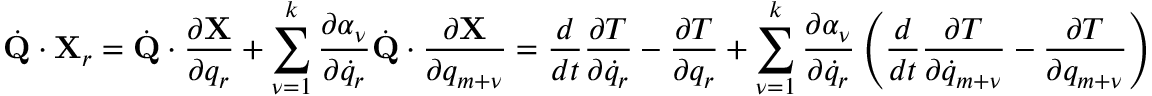
{ \dot { \bf Q } } \cdot { \bf X } _ { r } = { \dot { \bf Q } } \cdot \frac { \partial { \bf X } } { \partial q _ { r } } + \sum _ { \nu = 1 } ^ { k } \frac { \partial \alpha _ { \nu } } { \partial { \dot { q } } _ { r } } { \dot { \bf Q } } \cdot \frac { \partial { \bf X } } { \partial q _ { m + \nu } } = \frac { d } { d t } \frac { \partial T } { \partial { \dot { q } } _ { r } } - \frac { \partial T } { \partial q _ { r } } + \sum _ { \nu = 1 } ^ { k } \frac { \partial \alpha _ { \nu } } { \partial { \dot { q } } _ { r } } \left( \frac { d } { d t } \frac { \partial T } { \partial { \dot { q } } _ { m + \nu } } - \frac { \partial T } { \partial q _ { m + \nu } } \right)